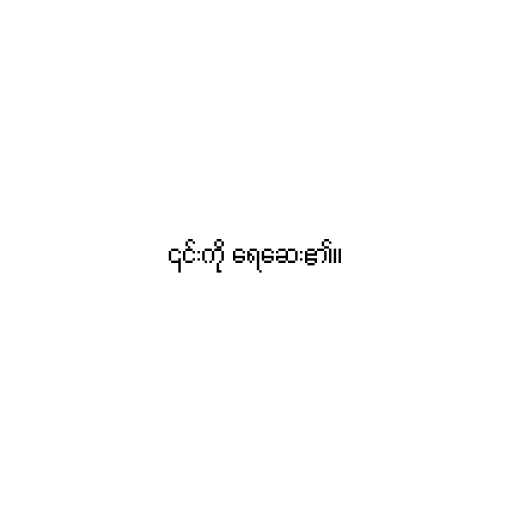
၎င်းကို ရေဆေး၏။